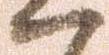
ハ